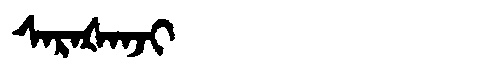
Manchu: ᠰᠠᡵᠠᡧᠠᠨᠵᡳ
Romanization: SARAŠANJI